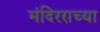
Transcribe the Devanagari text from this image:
मंदिरराच्या